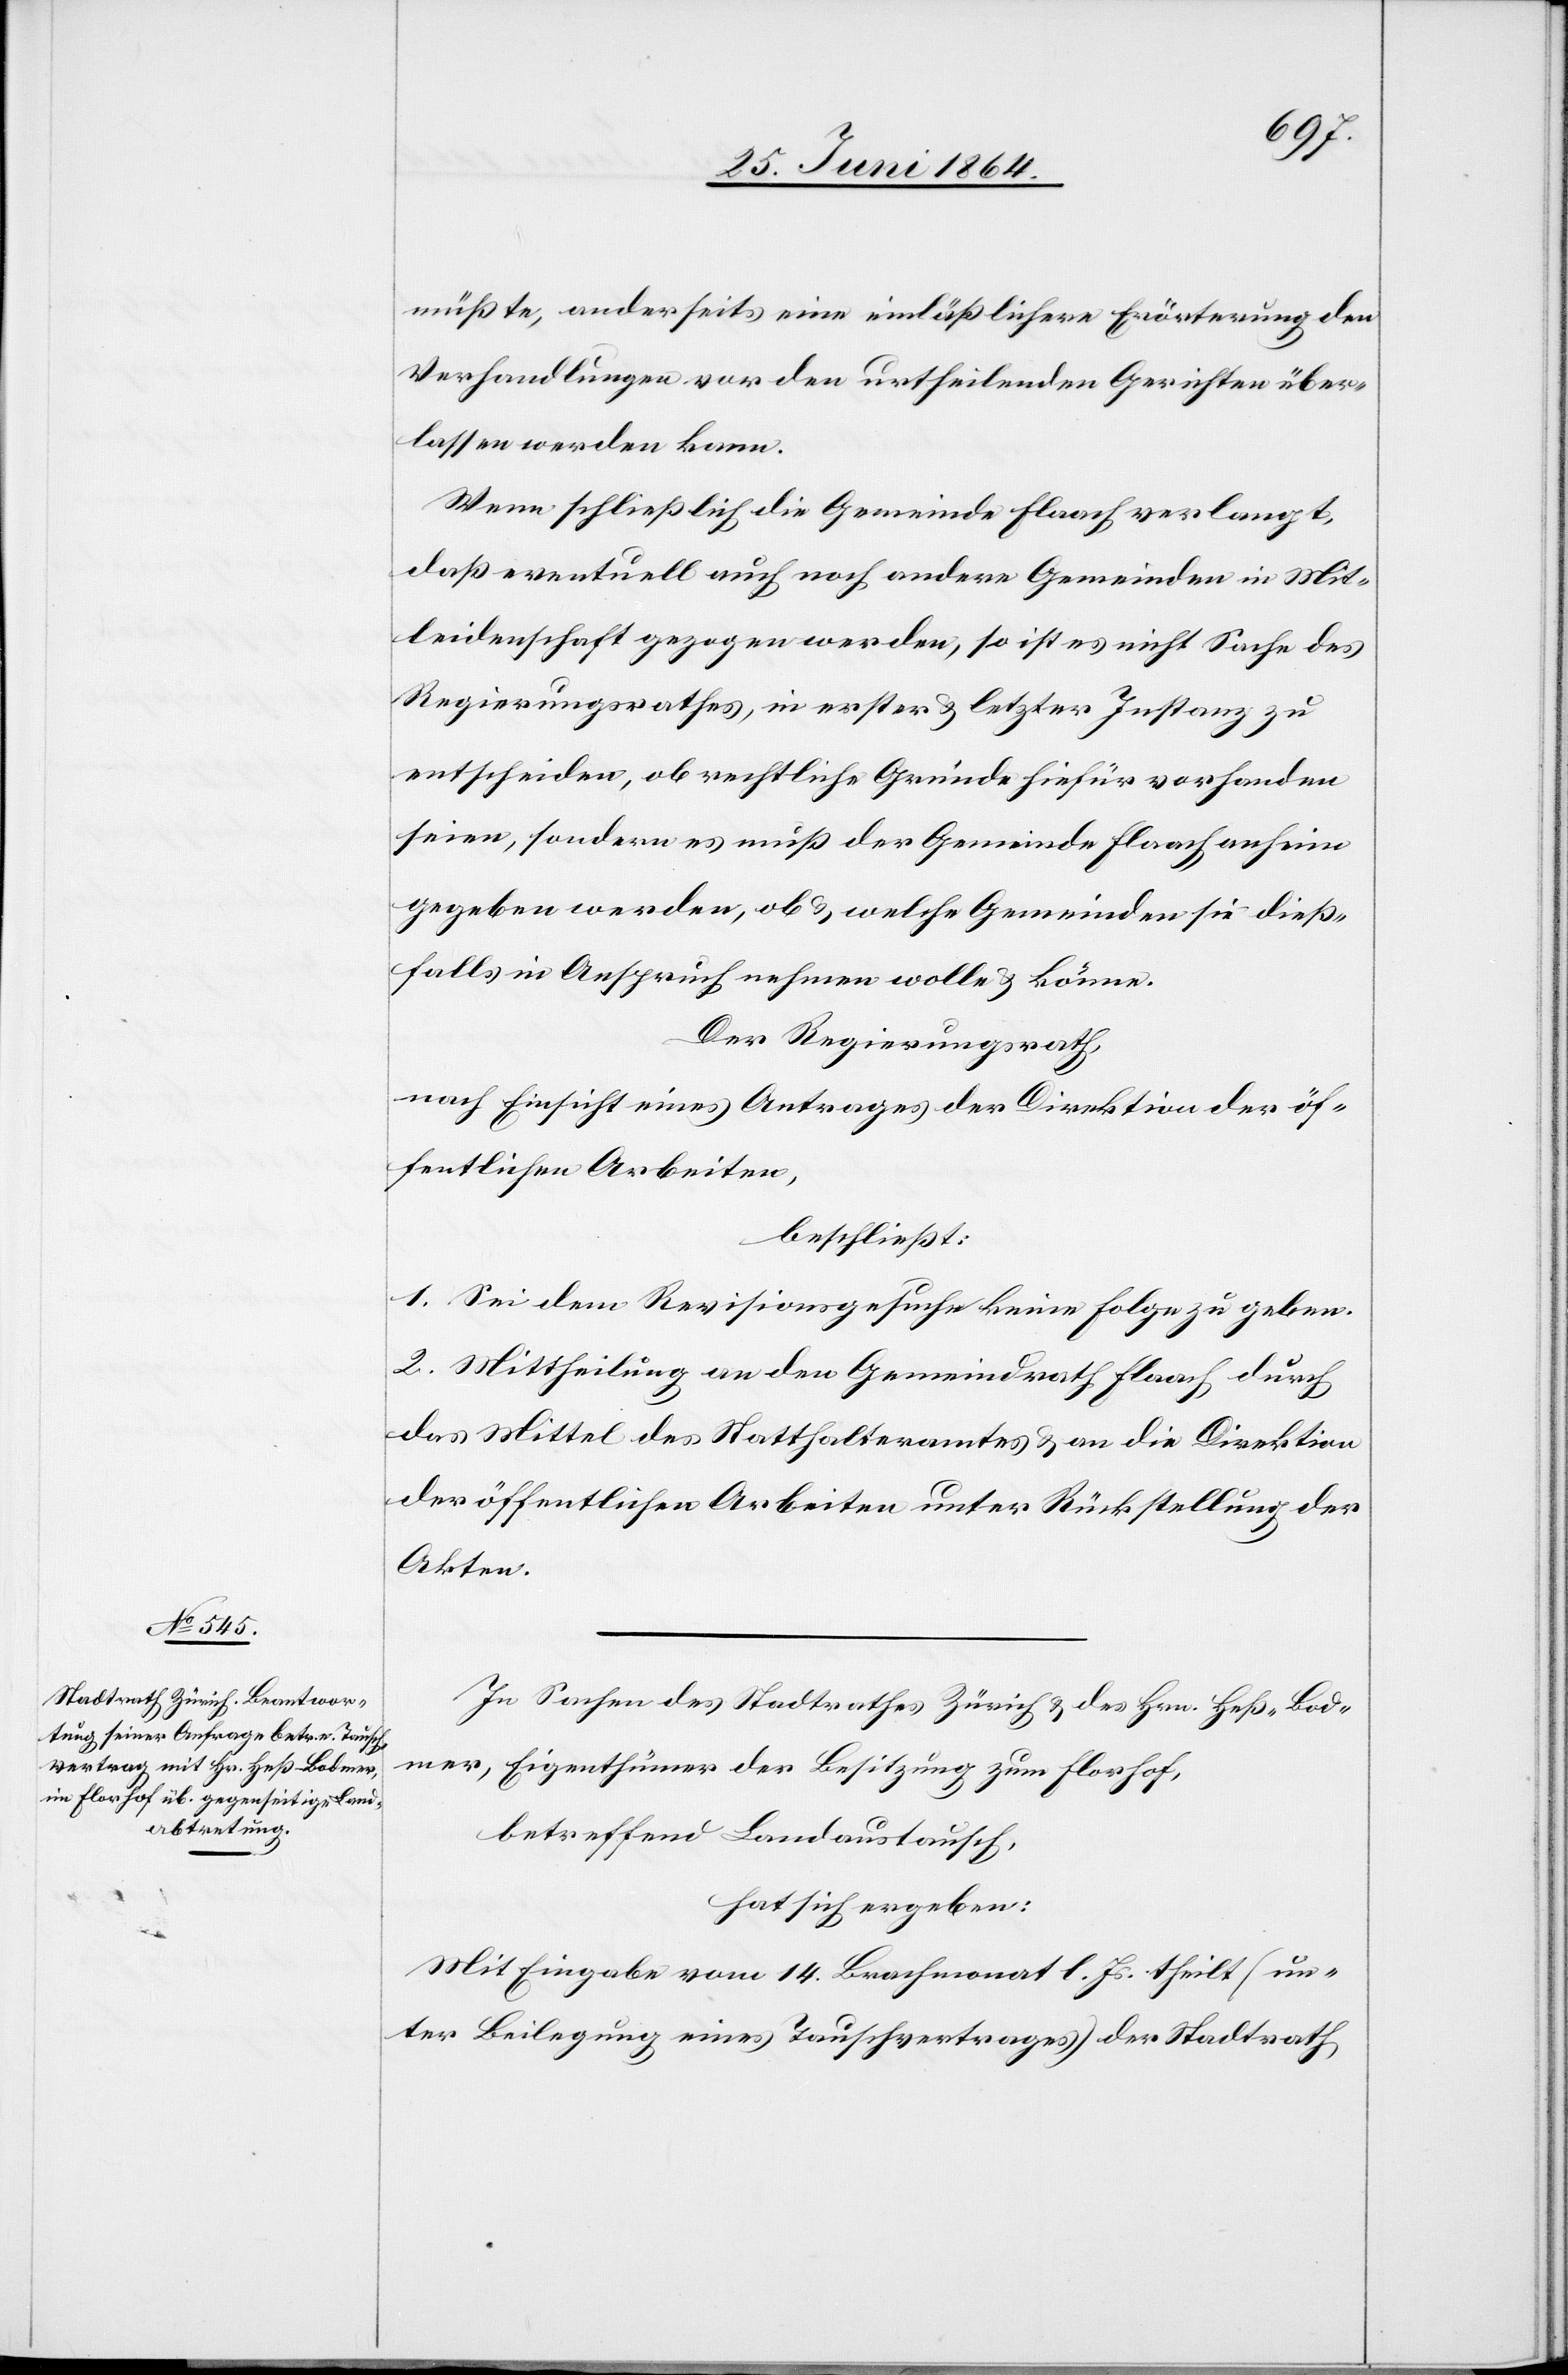
müßte, anderseits eine einläßlichere Erörterung den
Verhandlungen vor den urtheilenden Gerichten über¬
lassen werden kann.
Wenn schließlich die Gemeinde Flaach verlangt,
daß eventuell auch noch andere Gemeinden in Mit¬
leidenschaft gezogen werden, so ist es nicht Sache des
Regierungsrathes, in erster u. letzter Instanz zu
entscheiden, ob rechtliche Gründe hiefür vorhanden
seien, sondern es muß der Gemeinde Flaach anheim
gegeben werden, ob u. welche Gemeinden sie dieß¬
falls in Anspruch nehmen wolle u. könne.
Der Regierungsrath,
nach Einsicht eines Antrages der Direktion der öf¬
fentlichen Arbeiten,
beschließt:
1. Sei dem Revisionsgesuche keine Folge zu geben.
2. Mittheilung an den Gemeindrath Flaach durch
das Mittel des Statthalteramtes u. an die Direktion
der öffentlichen Arbeiten unter Rückstellung der
Akten.
In Sachen des Stadtrathes Zürich u. des Hrn. Heß-Bod¬
mer, Eigenthümer der Besitzung zum Florhof,
betreffend Landaustausch,
hat sich ergeben:
Mit Eingabe vom 14. Brachmonat l. Js. theilt (un¬
ter Beilegung eines Tauschvertrages) der Stadtrath